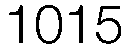
1015